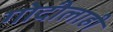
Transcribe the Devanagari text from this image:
गोदीलाही